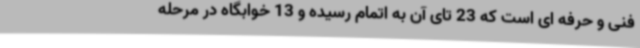
فنی و حرفه ای است که 23 تای آن به اتمام رسیده و 13 خوابگاه در مرحله